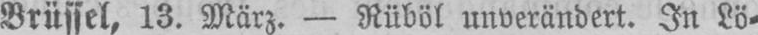
Brüssel, 13. März. - Rüböl unverändert. In Lö⸗